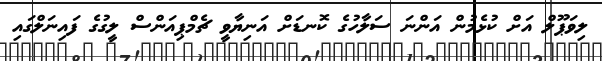
ލިވަޕޫލް އަށް ކުޅެމުން އަންނަ ސަލާހުގެ ކޮނޑަށް އަނިޔާވީ ޗެމްޕިއަންސް ލީގުގެ ފައިނަލްގައި